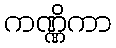
ကဏ္ဏိကာ